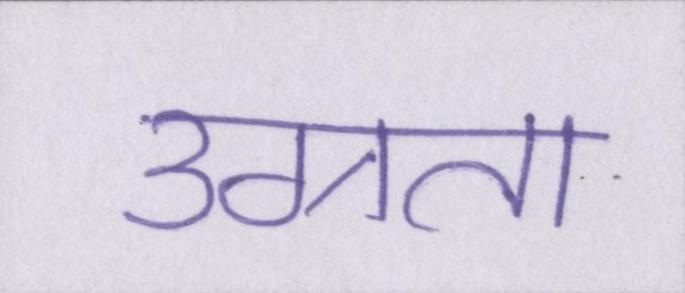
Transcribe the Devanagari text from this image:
उग्रता